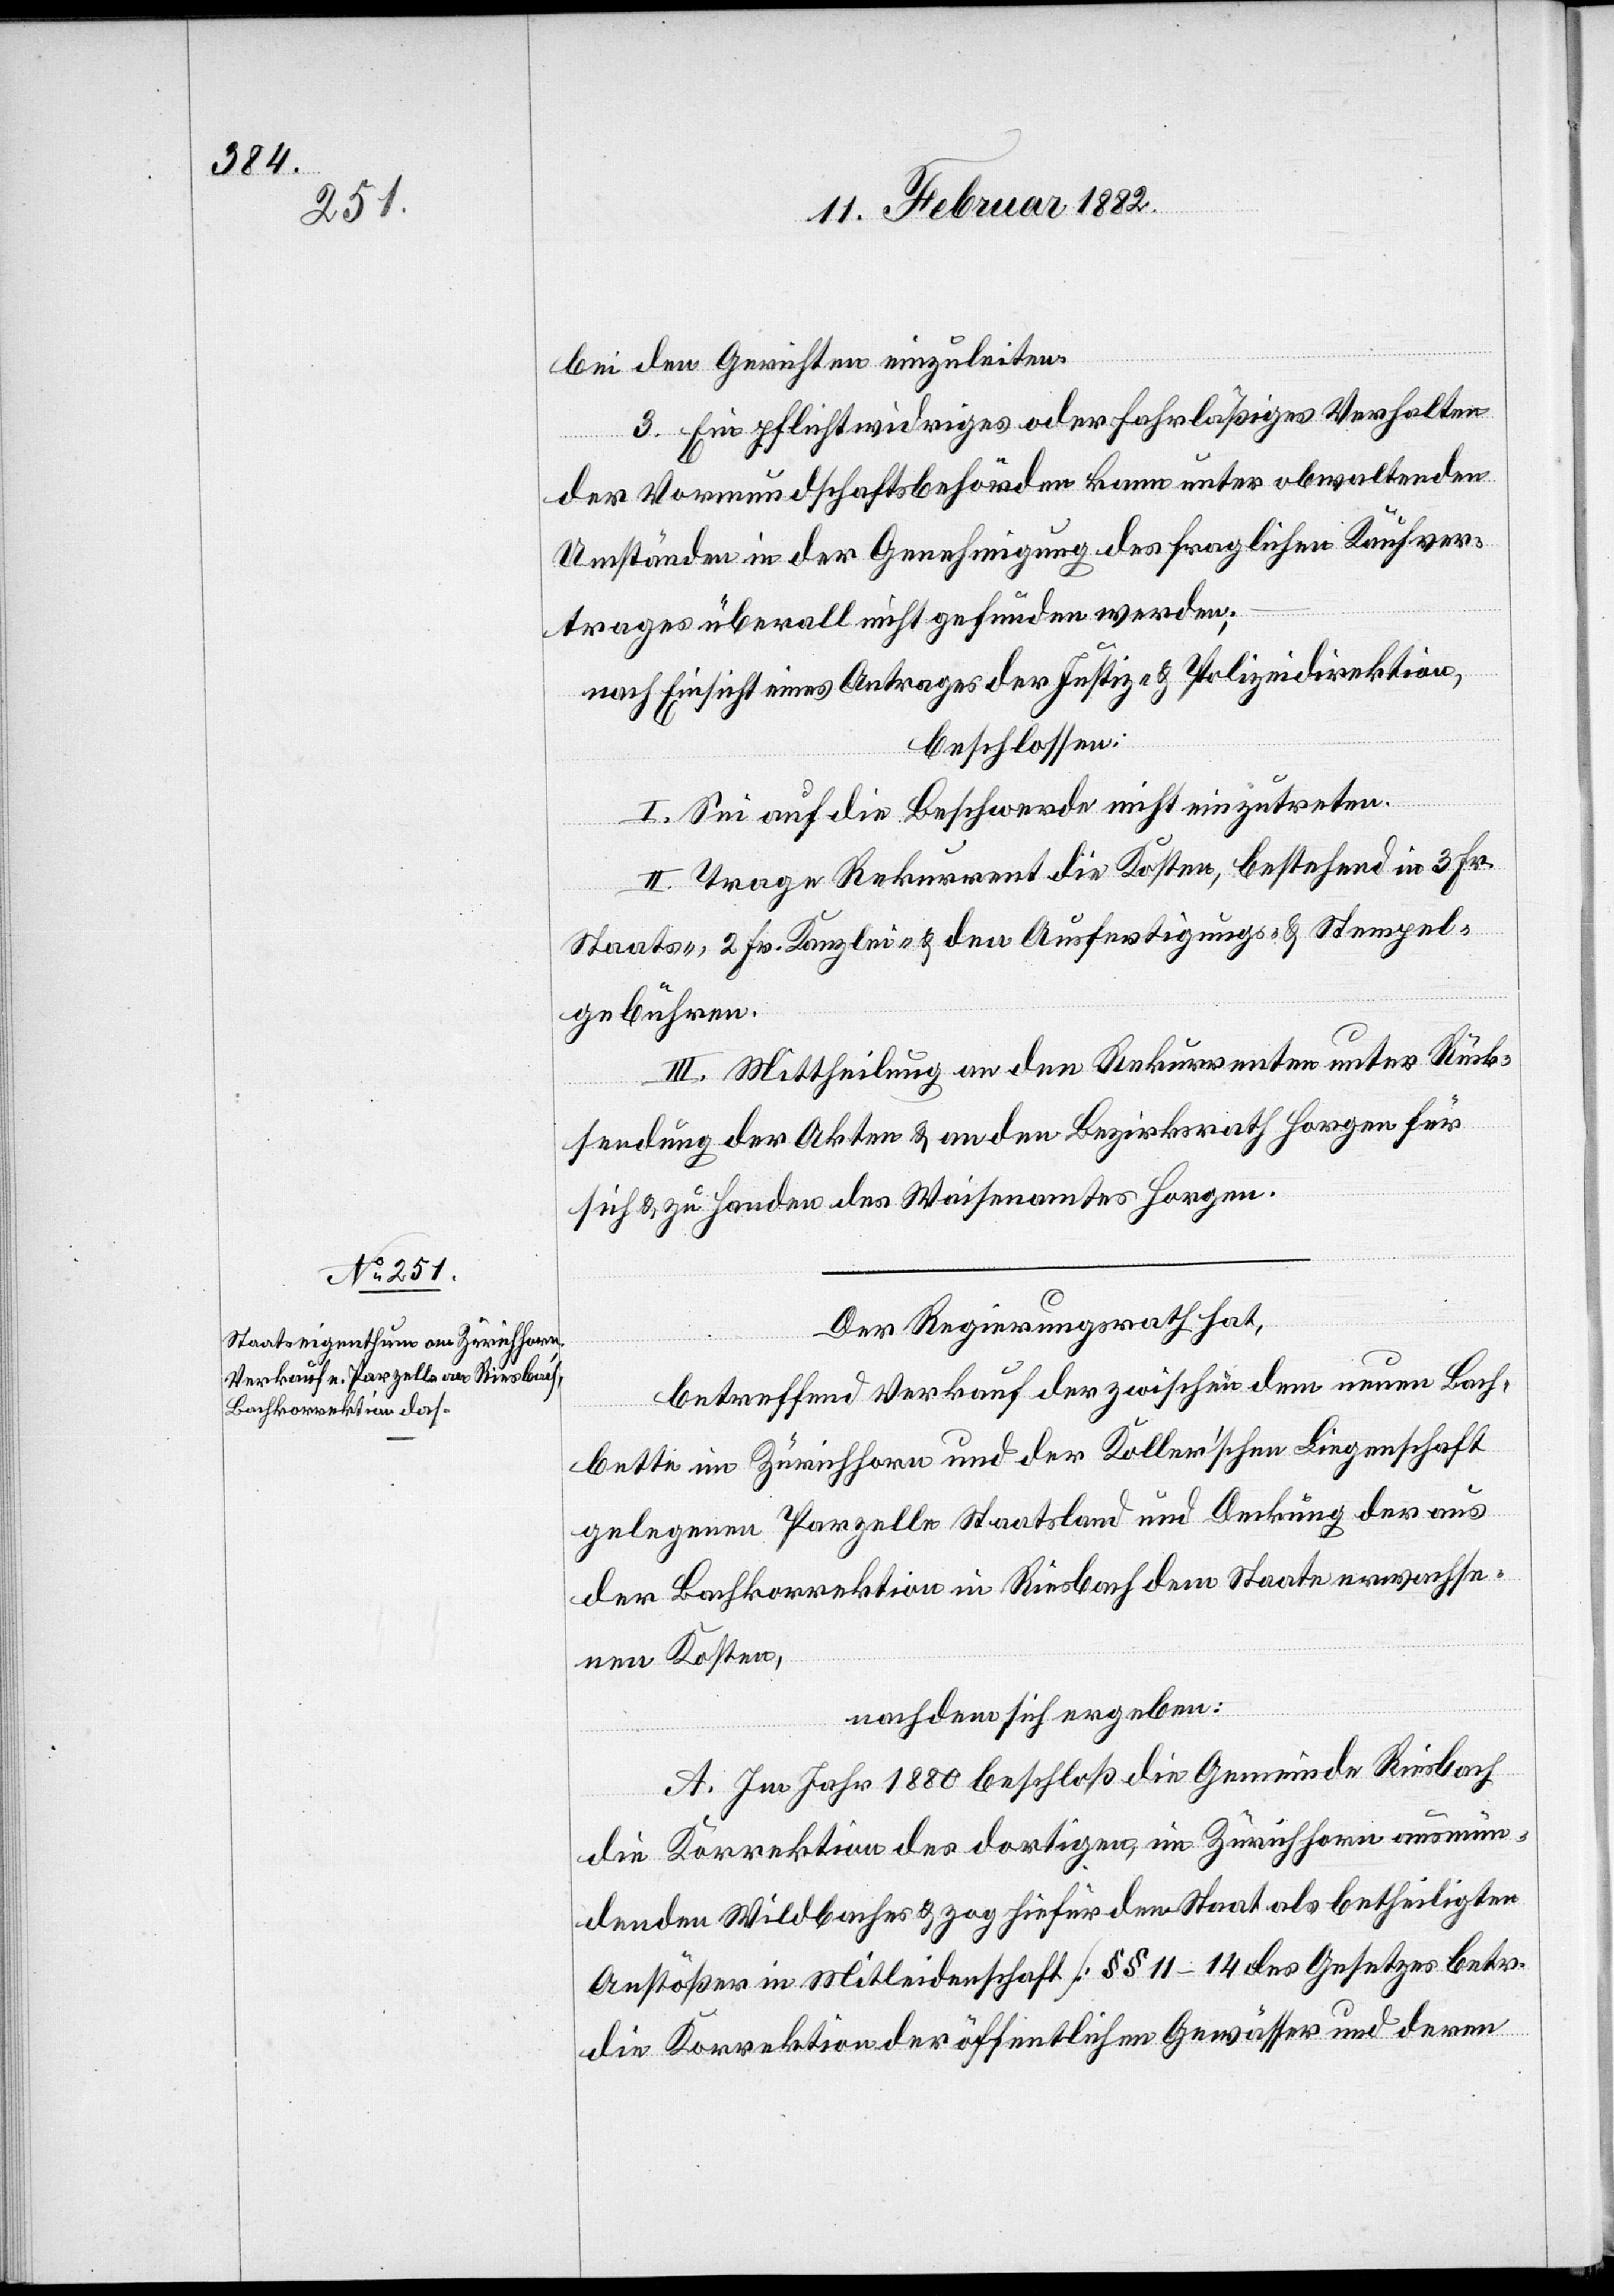
bei den Gerichten einzuleiten.
3. Ein pflichtwidriges oder fahrläßiges Verhalten
der Vormundschaftsbehörde kann unter obwaltenden
Umständen in der Genehmigung des fraglichen Kaufver¬
trages überall nicht gefunden werden;
nach Einsicht eines Antrages der Justiz- & Polizeidirektion,
beschlossen:
I. Sei auf die Beschwerde nicht einzutreten.
II. Trage Rekurrent die Kosten, bestehend in 3 Fr.
Staats-, 2 Fr. Kanzlei- & den Ausfertigungs- & Stempel¬
gebühren.
III. Mittheilung an den Rekurrenten unter Rück¬
sendung der Akten & an den Bezirksrath Horgen für
sich & zu Handen des Waisenamtes Horgen.
Der Regierungsrath hat,
betreffend Verkauf der zwischen dem neuen Bach¬
bette im Zürichhorn und der Koller’schen Liegenschaft
gelegenen Parzelle Staatsland und Deckung der aus
der Bachkorrektion in Riesbach dem Staate erwachse¬
nen Kosten,
nachdem sich ergeben:
A. Im Jahr 1880 beschloß die Gemeinde Riesbach
die Korrektion des dortigen, im Zürichhorn ausmün¬
denden Wildbaches & zog hiefür den Staat als betheiligten
Anstößer in Mitleidenschaft [§§ 11–14 des Gesetzes betr.
die Korrektion der öffentlichen Gewässer und deren